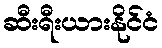
ဆီးရီးယားနိုင်ငံ